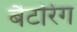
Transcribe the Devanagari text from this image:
बैटरिंग